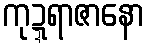
ကုဍ္ဍရာဇာနော